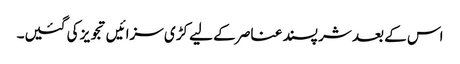
اس کے بعد شر پسند عناصر کے لیے کڑی سزائیں تجویز کی گئیں۔